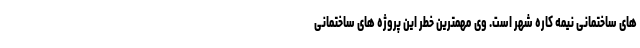
های ساختمانی نیمه کاره شهر است. وی مهمترین خطر این پروژه های ساختمانی